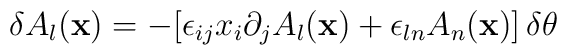
\delta A_l({\bf x}) = -[\epsilon_{ij}x_i\partial_jA_l({\bf x}) +\epsilon_{ln}A_n({\bf x})]\,\delta\theta